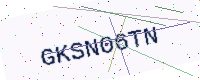
Text: GKSN06TN